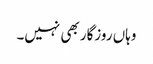
وہاں روزگار بھی نہیں۔